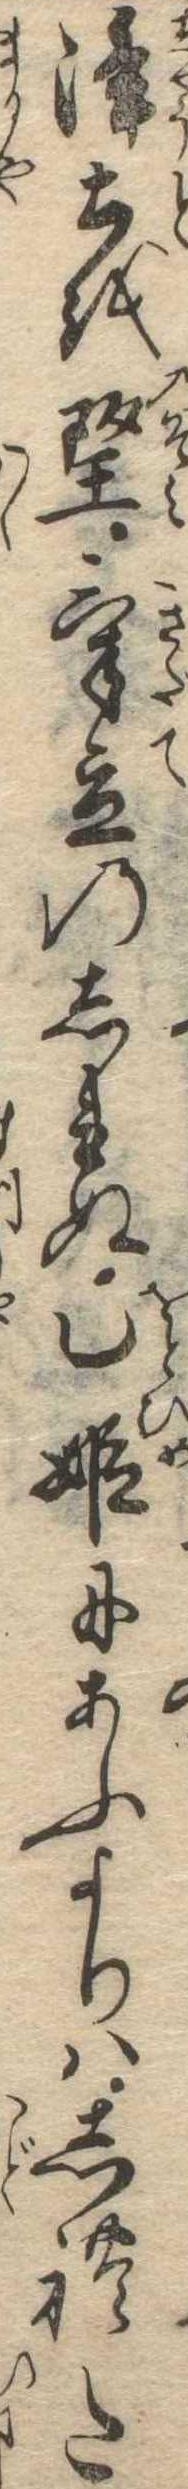
浄土を望気立のしれぬ乙姫にあふよりはしれた